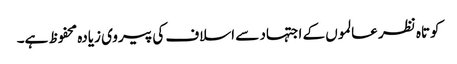
کوتاہ نظر عالموں کے اجتہاد سے اسلاف کی پیروی زیادہ محفوظ ہے۔